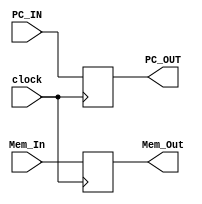
`timescale 1ns / 1ps
//////////////////////////////////////////////////////////////////////////////////
// Company: 
// Engineer: 
// 
// Design Name: 
// Module Name: DecodeExecute_Reg
// Project Name: 
// Target Devices: 
// Tool Versions: 
// Description: 
// 
// Dependencies: 
// 
// Revision:
// Revision 0.01 - File Created
// Additional Comments:
// 
//////////////////////////////////////////////////////////////////////////////////


module FetchDecode_Reg(
    input wire clock,
    input wire[31:0] PC_IN, Mem_In,
    output reg[31:0] PC_OUT, Mem_Out
    );
    
    always@(posedge clock) begin
        //if(reset == 0) begin
            PC_OUT = PC_IN;
            Mem_Out = Mem_In;
        //end
    end
    
endmodule